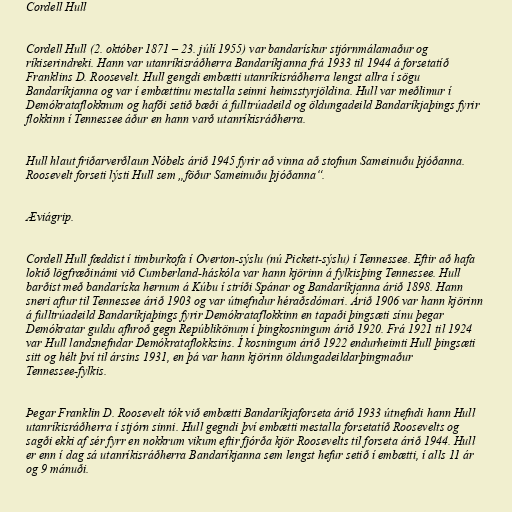
Cordell Hull

Cordell Hull (2. október 1871 – 23. júlí 1955) var bandarískur stjórnmálamaður og
ríkiserindreki. Hann var utanríkisráðherra Bandaríkjanna frá 1933 til 1944 á forsetatíð
Franklins D. Roosevelt. Hull gengdi embætti utanríkisráðherra lengst allra í sögu
Bandaríkjanna og var í embættinu mestalla seinni heimsstyrjöldina. Hull var meðlimur í
Demókrataflokknum og hafði setið bæði á fulltrúadeild og öldungadeild Bandaríkjaþings fyrir
flokkinn í Tennessee áður en hann varð utanríkisráðherra.

Hull hlaut friðarverðlaun Nóbels árið 1945 fyrir að vinna að stofnun Sameinuðu þjóðanna.
Roosevelt forseti lýsti Hull sem „föður Sameinuðu þjóðanna“.

Æviágrip.

Cordell Hull fæddist í timburkofa í Overton-sýslu (nú Pickett-sýslu) í Tennessee. Eftir að hafa
lokið lögfræðinámi við Cumberland-háskóla var hann kjörinn á fylkisþing Tennessee. Hull
barðist með bandaríska hernum á Kúbu í stríði Spánar og Bandaríkjanna árið 1898. Hann
sneri aftur til Tennessee árið 1903 og var útnefndur héraðsdómari. Árið 1906 var hann kjörinn
á fulltrúadeild Bandaríkjaþings fyrir Demókrataflokkinn en tapaði þingsæti sínu þegar
Demókratar guldu afhroð gegn Repúblikönum í þingkosningum árið 1920. Frá 1921 til 1924
var Hull landsnefndar Demókrataflokksins. Í kosningum árið 1922 endurheimti Hull þingsæti
sitt og hélt því til ársins 1931, en þá var hann kjörinn öldungadeildarþingmaður
Tennessee-fylkis.

Þegar Franklin D. Roosevelt tók við embætti Bandaríkjaforseta árið 1933 útnefndi hann Hull
utanríkisráðherra í stjórn sinni. Hull gegndi því embætti mestalla forsetatíð Roosevelts og
sagði ekki af sér fyrr en nokkrum vikum eftir fjórða kjör Roosevelts til forseta árið 1944. Hull
er enn í dag sá utanríkisráðherra Bandaríkjanna sem lengst hefur setið í embætti, í alls 11 ár
og 9 mánuði.